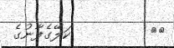
٥٧         ކަލޭގެފާނުގެ